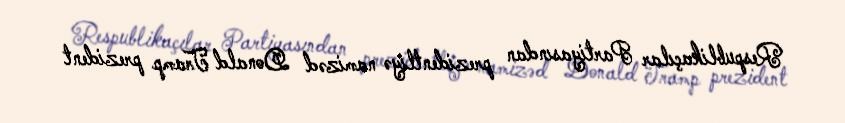
Respublikaçılar Partiyasından prezidentliyə namizəd Donald Tramp prezident